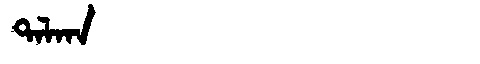
Manchu: ᡨᠠᠯᡴᠠ
Romanization: TALKA